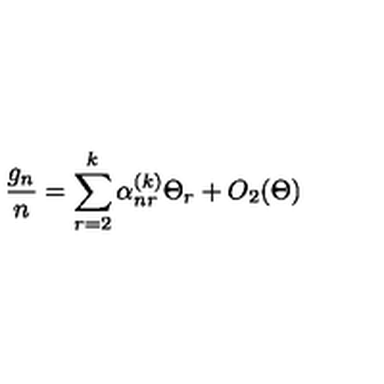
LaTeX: \frac { g _ { n } } { n } = \sum _ { r = 2 } ^ { k } \alpha _ { n r } ^ { ( k ) } \Theta _ { r } + O _ { 2 } ( \Theta )